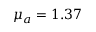
\mu _ { a } = 1 . 3 7